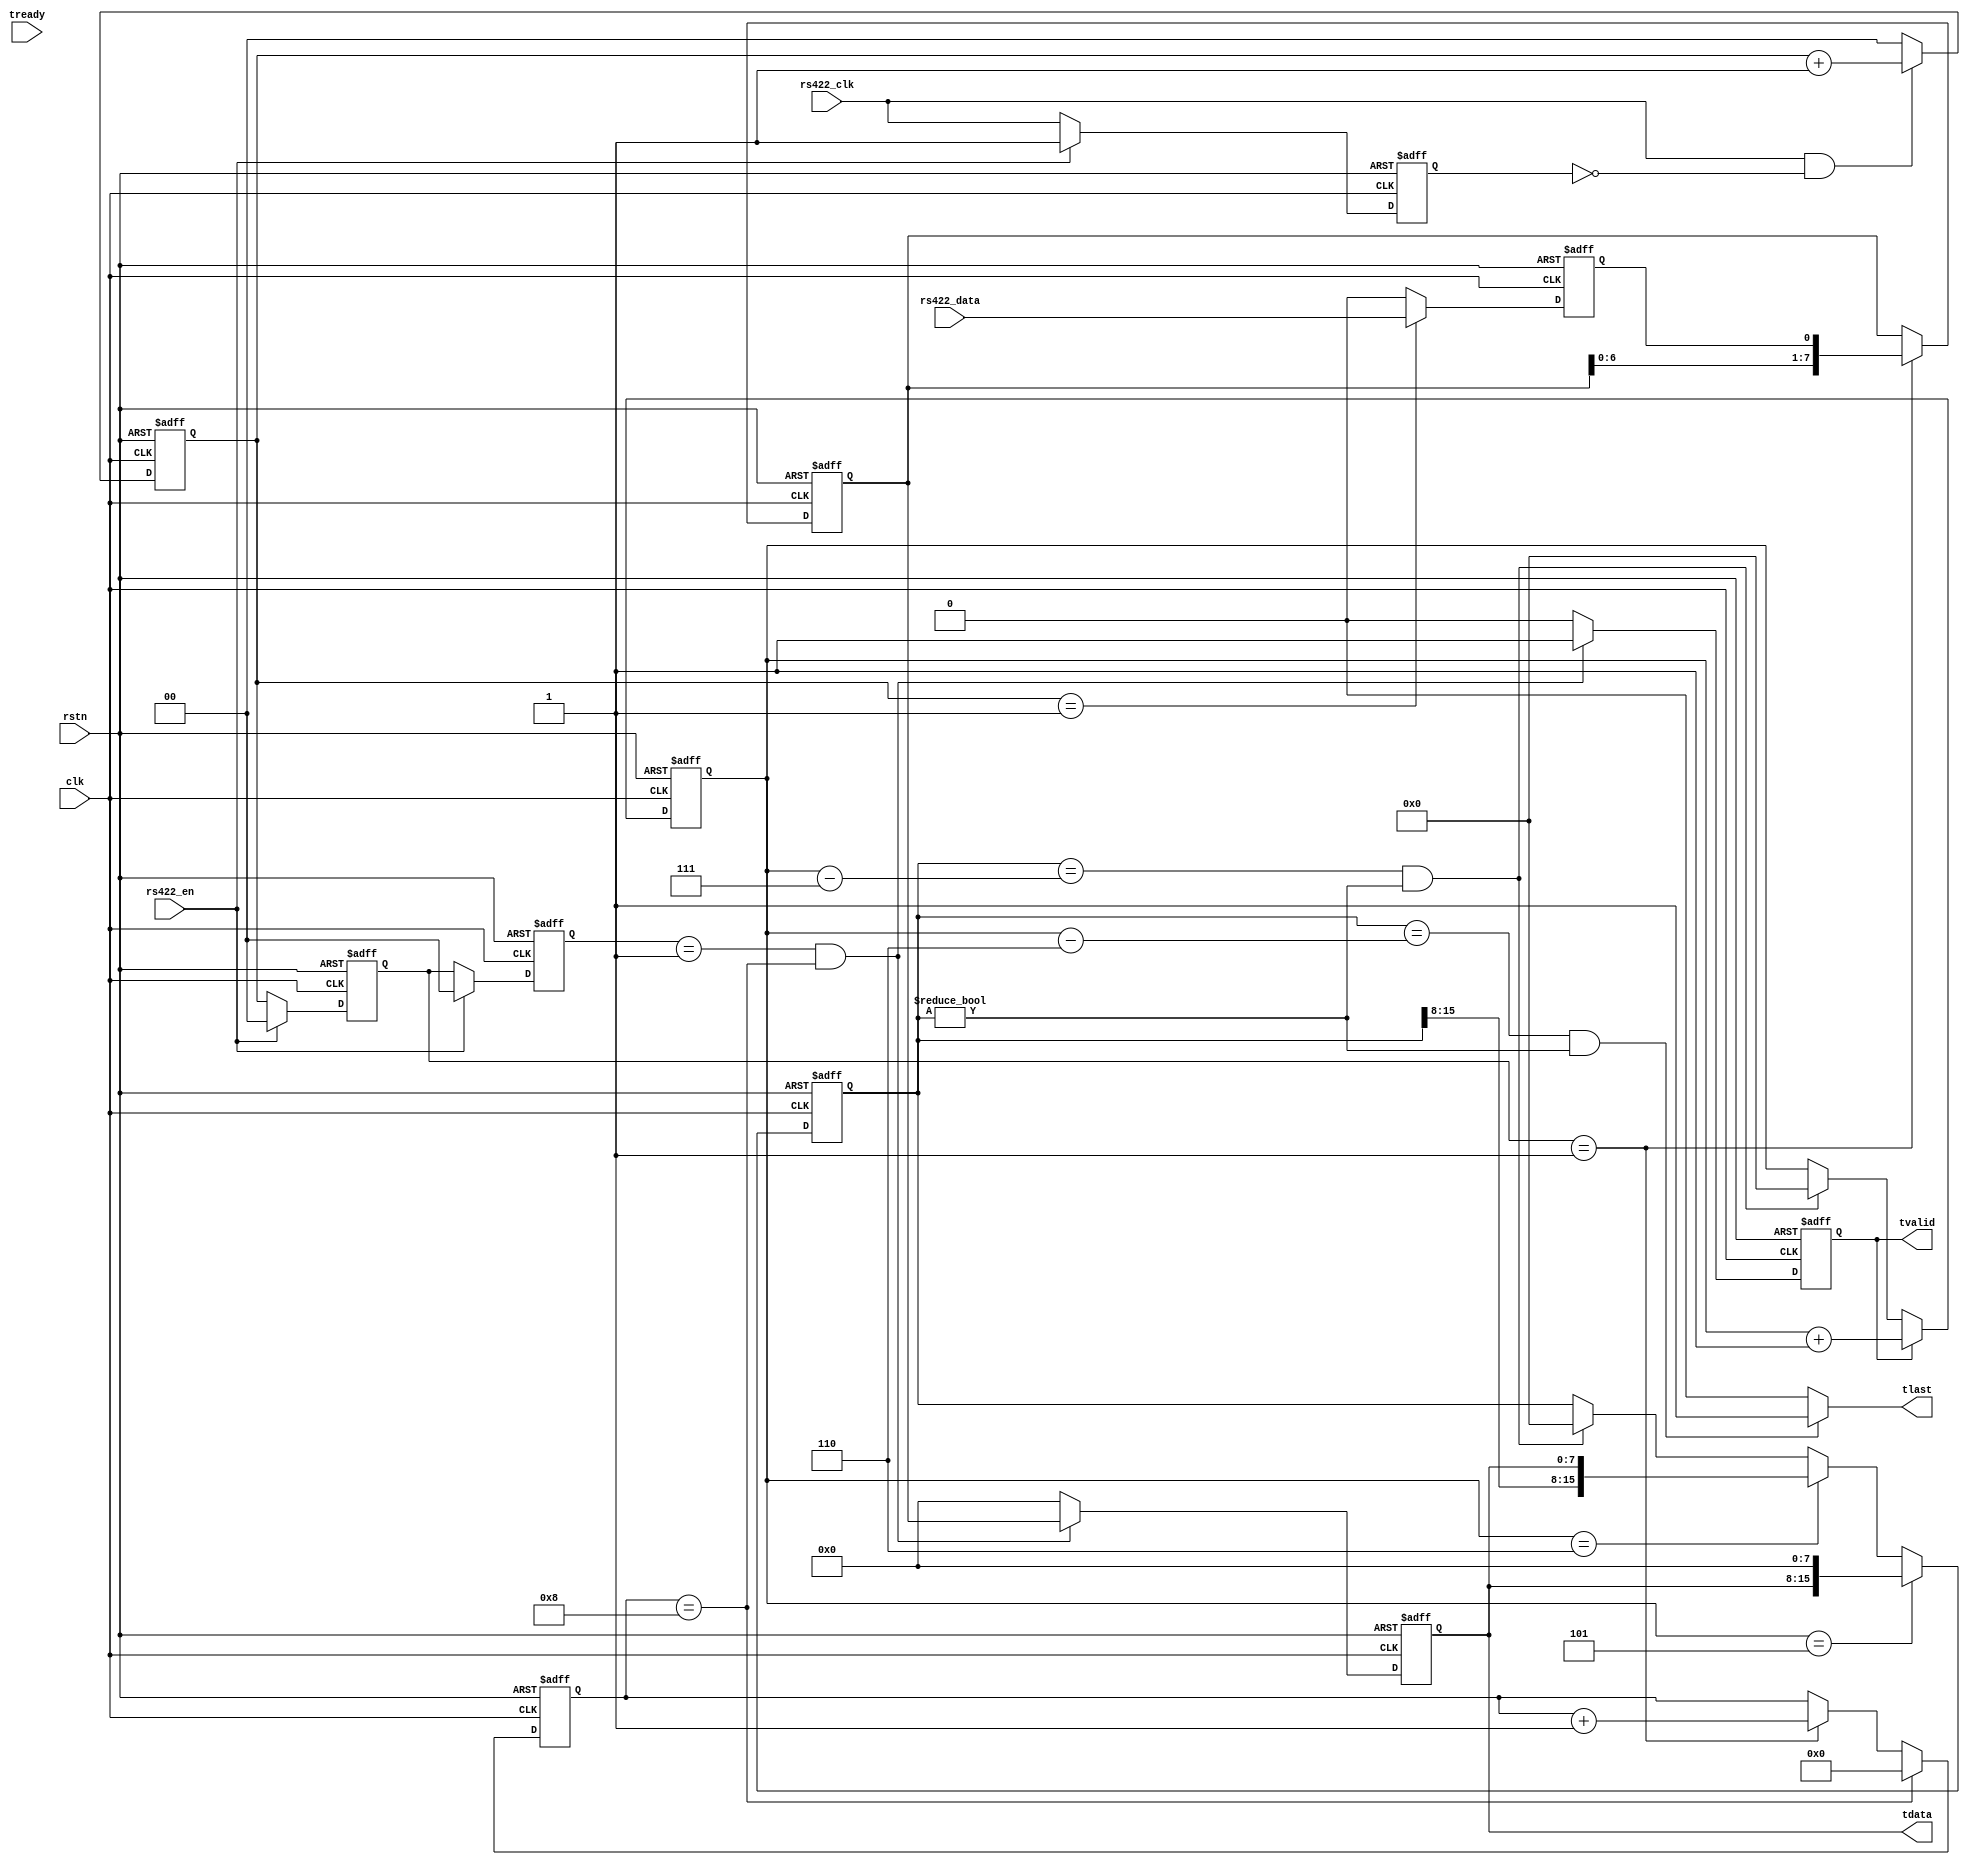
module rs422toaxistream (
                         clk,
						 rstn,
						 tvalid,
						 tready,
						 tlast,
						 tdata,
						 rs422_clk,
						 rs422_en,
						 rs422_data
						 );

input         clk;
input         rstn;
output        tvalid;
input         tready;
output        tlast;
output  [7:0] tdata;
input         rs422_clk;
input         rs422_en;
input         rs422_data;

reg rs422_clk_dly;

always @(posedge clk or negedge rstn)
begin
     if (!rstn)
	    rs422_clk_dly <= 1'b1;
	 else if (rs422_en == 1'b0)
	    rs422_clk_dly <= rs422_clk;
	 else
	    rs422_clk_dly <= 1'b1;
end

reg [1:0] ctrl_cnt;

always @(posedge clk or negedge rstn)
begin
     if (!rstn)
	    ctrl_cnt <= 2'd0;
	 else if (rs422_clk == 1'b1 && rs422_clk_dly == 1'b0)
	    ctrl_cnt <= ctrl_cnt + 1'b1;
	 else
	    ctrl_cnt <= 2'd0;
end

reg [1:0] ctrl_cnt_dly;

always @(posedge clk or negedge rstn)
begin
     if (!rstn)
	    ctrl_cnt_dly <= 2'd0;
	 else if (rs422_en == 1'b0)
	    ctrl_cnt_dly <= ctrl_cnt;
	 else
	    ctrl_cnt_dly <= 2'd0;
end

reg [1:0] ctrl_cnt_dly2;

always @(posedge clk or negedge rstn)
begin
     if (!rstn)
	    ctrl_cnt_dly2 <= 2'd0;
	 else if (rs422_en == 1'b0)
	    ctrl_cnt_dly2 <= ctrl_cnt_dly;
	 else
	    ctrl_cnt_dly2 <= 2'd0;
end

reg rs422_data_in;

always @(posedge clk or negedge rstn)
begin
     if (!rstn)
	    rs422_data_in <= 1'b0;
	 else if (ctrl_cnt == 2'd1)
	    rs422_data_in <= rs422_data;
	 else
	    rs422_data_in <= 1'b0;
end

reg [7:0] rs422_data_reg;

always @(posedge clk or negedge rstn)
begin
     if (!rstn)
	    rs422_data_reg <= 8'd0;
	 else if (ctrl_cnt_dly == 2'd1)
	    rs422_data_reg <= {rs422_data_reg[6:0],rs422_data_in};
end

reg [3:0] bit_cnt;

always @(posedge clk or negedge rstn)
begin
     if (!rstn)
	    bit_cnt <= 4'd0;
	 else if (bit_cnt == 4'd8)
	    bit_cnt <= 4'd0;
	 else if (ctrl_cnt_dly == 1'b1)
	    bit_cnt <= bit_cnt + 1'b1;
end

reg tvalid;
reg [7:0] tdata;

always @(posedge clk or negedge rstn)
begin
     if (!rstn)
	    begin
		tvalid <= 1'b0;
		tdata <= 8'd0;
		end
	 else if (ctrl_cnt_dly2 == 2'd1 && bit_cnt == 4'd8)
	    begin
		tvalid <= 1'b1;
		tdata <= rs422_data_reg;
		end
	 else
	    begin
		tvalid <= 1'b0;
		tdata <= 8'd0;
		end
end

reg [15:0] byte_cnt;
reg [15:0] byte_length;

always @(posedge clk or negedge rstn)
begin
     if (!rstn)
	    byte_cnt <= 8'd0;
	 else if (tvalid == 1'b1)
	    byte_cnt <= byte_cnt + 1'b1;
	 else if (byte_length == byte_cnt - 16'd7 && byte_length != 1'b0)
	    byte_cnt <= 8'd0;
end

always @(posedge clk or negedge rstn)
begin
     if (!rstn)
	    byte_length <= 8'd0;
	 else if (byte_cnt == 8'd5)
	    byte_length <= {tdata,8'd0};
	 else if (byte_cnt == 8'd6)
	    byte_length <= {byte_length[15:8],tdata};
	 else if (byte_length == byte_cnt - 16'd7 && byte_length != 1'b0)
	    byte_length <= 8'd0;
end

wire tlast;

assign tlast = (byte_length == byte_cnt - 16'd6 && byte_length != 1'b0)? 1'b1 : 1'b0;

/* always @(posedge clk or negedge rstn)
begin
     if (!rstn)
	    tlast <= 1'b1;
	 else if (byte_length == byte_cnt - 16'd6 && byte_length != 1'b0)
	    tlast <= 1'b1;
	 else
	    tlast <= 1'b0;
end */


/* wire fifo_rd_en;
wire [7:0] fifo_rd_data;

assign fifo_rd_en = (tvalid == 1'b1 && tlast != 1'b1)? tready:1'b0;
assign tdata = fifo_rd_data;

reg [15:0] byte_cnt;
reg [15:0] byte_length;

always @(posedge clk or negedge rstn)
begin
     if (!rstn)
	    byte_cnt <= 8'd0;
	 else if (fifo_rd_en == 1'b1)
	    byte_cnt <= byte_cnt + 1'b1;
	 else if (byte_length == byte_cnt - 16'd7 && byte_length != 1'b0)
	    byte_cnt <= 8'd0;
end

always @(posedge clk or negedge rstn)
begin
     if (!rstn)
	    byte_length <= 8'd0;
	 else if (byte_cnt == 8'd6)
	    byte_length <= {fifo_rd_data,8'd0};
	 else if (byte_cnt == 8'd7)
	    byte_length <= {byte_length[15:8],fifo_rd_data};
	 else if (byte_length == byte_cnt - 16'd7 && byte_length != 1'b0)
	    byte_length <= 8'd0;
end

wire [9:0] fifo_data_cnt;

reg tvalid;

always @(posedge clk or negedge rstn)
begin
     if (!rstn)
	    tvalid <= 1'b0;
	 else if (fifo_data_cnt >= 9'd25)//change
	    tvalid <= 1'b1;
	 else if (byte_length == byte_cnt - 16'd7 && byte_length != 1'b0)
	    tvalid <= 1'b0;
end

reg tlast;

always @(posedge clk or negedge rstn)
begin
     if (!rstn)
	    tlast <= 1'b0;
	 else if (byte_length == byte_cnt - 16'd6 && byte_length != 1'b0)
	    tlast <= 1'b1;
	 else
	    tlast <= 1'b0;
end

ahead_buffer ab(
		.rst(!rstn),
		.wr_clk(clk),
		.rd_clk(clk),
		.din(fifo_wr_data),
		.wr_en(fifo_wr_en),
		.rd_en(fifo_rd_en),
		.dout(fifo_rd_data),
		.full(),
		.empty(),
		.rd_data_count(fifo_data_cnt),
		.wr_data_count()
	); */

endmodule